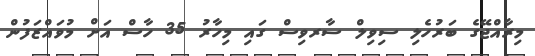
މިރާއްޖޭގެ ބަރުހެލި ސިވިލް ސާރވިސް ގައި މިހާރު 35 ހާސް އަށް މުވައްޒަފުން